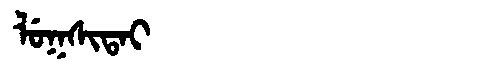
Manchu: ᠯᡠᡴᠰᡳᡨᠠᡳ
Romanization: LUKSITAI